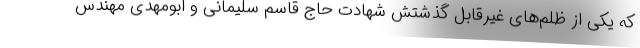
که یکی از ظلم‌های غیرقابل گذشتش شهادت حاج قاسم سلیمانی و ابومهدی مهندس